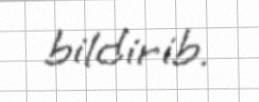
bildirib.